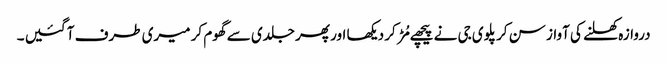
دروازہ کھلنے کی آواز سن کر پلوی جی نے پیچھے مُڑ کر دیکھا اور پھر جلدی سے گھوم کر میری طرف آ گئیں ۔